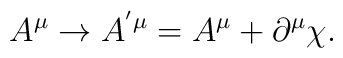
A^\mu \rightarrow A^{^{\prime }\mu }=A^\mu +\partial ^\mu \chi .